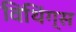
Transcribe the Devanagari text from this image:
विथिंग्स